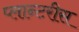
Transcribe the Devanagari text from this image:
प्लान्टरीस